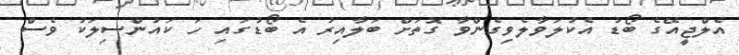
އެލްޖީއޭގެ ބޯޑު އެކުލަވާލެވިގެންވާ ގޮތަށް ބަލާއިރު އެ ބޯޑުގައި ހަ ކައުންސިލަކު ވެސް